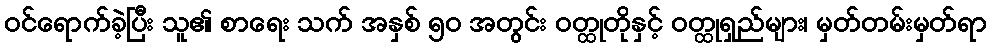
ဝင်ရောက်ခဲ့ပြီး သူ၏ စာရေး သက် အနှစ် ၅၀ အတွင်း ဝတ္ထုတိုနှင့် ဝတ္ထုရှည်များ၊ မှတ်တမ်းမှတ်ရာ